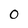
Character: 0